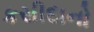
કસીદાનો